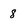
Character: 8